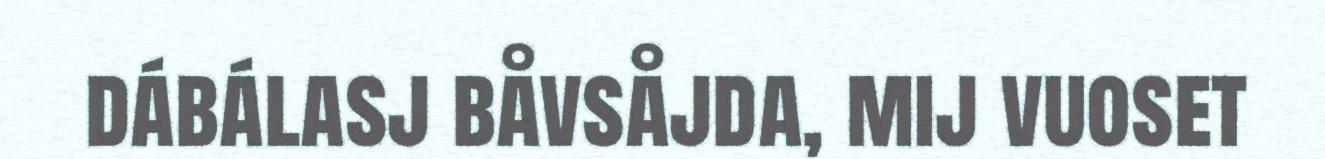
dábálasj båvsåjda, mij vuoset